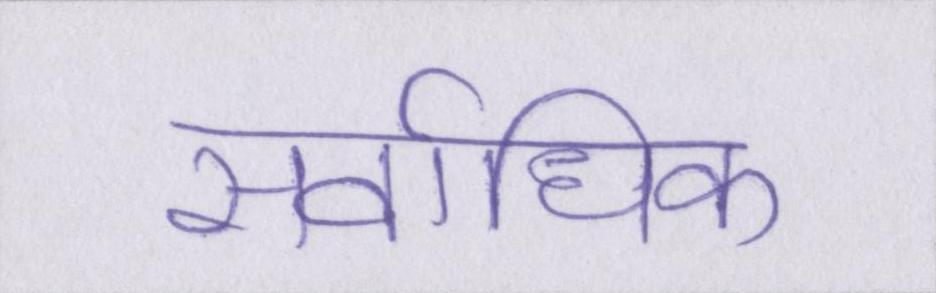
सर्वाधिक